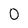
Character: 0